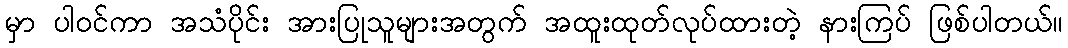
မှာ ပါဝင်ကာ အသံပိုင်း အားပြုသူများအတွက် အထူးထုတ်လုပ်ထားတဲ့ နားကြပ် ဖြစ်ပါတယ်။